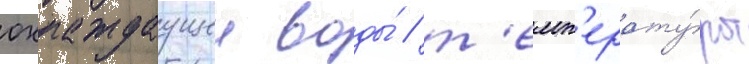
охлаждаущеи воды́ / т'емп'ерату́ры